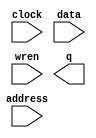
// megafunction wizard: %RAM: 1-PORT%VBB%
// GENERATION: STANDARD
// VERSION: WM1.0
// MODULE: altsyncram 

// ============================================================
// Megafunction Name(s):
// 			altsyncram
//
// Simulation Library Files(s):
// 			altera_mf
// ============================================================
// ************************************************************
// THIS IS A WIZARD-GENERATED FILE. DO NOT EDIT THIS FILE!
//
// 18.0.0 Build 614 04/24/2018 SJ Lite Edition
// ************************************************************

//Copyright (C) 2018  Intel Corporation. All rights reserved.
//Your use of Intel Corporation's design tools, logic functions 
//and other software and tools, and its AMPP partner logic 
//functions, and any output files from any of the foregoing 
//(including device programming or simulation files), and any 
//associated documentation or information are expressly subject 
//to the terms and conditions of the Intel Program License 
//Subscription Agreement, the Intel Quartus Prime License Agreement,
//the Intel FPGA IP License Agreement, or other applicable license
//agreement, including, without limitation, that your use is for
//the sole purpose of programming logic devices manufactured by
//Intel and sold by Intel or its authorized distributors.  Please
//refer to the applicable agreement for further details.

module seg_dados (
	address,
	clock,
	data,
	wren,
	q);

	input	[9:0]  address;
	input	  clock;
	input	[31:0]  data;
	input	  wren;
	output	[31:0]  q;
`ifndef ALTERA_RESERVED_QIS
// synopsys translate_off
`endif
	tri1	  clock;
`ifndef ALTERA_RESERVED_QIS
// synopsys translate_on
`endif

endmodule

// ============================================================
// CNX file retrieval info
// ============================================================
// Retrieval info: PRIVATE: ADDRESSSTALL_A NUMERIC "0"
// Retrieval info: PRIVATE: AclrAddr NUMERIC "0"
// Retrieval info: PRIVATE: AclrByte NUMERIC "0"
// Retrieval info: PRIVATE: AclrData NUMERIC "0"
// Retrieval info: PRIVATE: AclrOutput NUMERIC "0"
// Retrieval info: PRIVATE: BYTE_ENABLE NUMERIC "0"
// Retrieval info: PRIVATE: BYTE_SIZE NUMERIC "8"
// Retrieval info: PRIVATE: BlankMemory NUMERIC "0"
// Retrieval info: PRIVATE: CLOCK_ENABLE_INPUT_A NUMERIC "0"
// Retrieval info: PRIVATE: CLOCK_ENABLE_OUTPUT_A NUMERIC "0"
// Retrieval info: PRIVATE: Clken NUMERIC "0"
// Retrieval info: PRIVATE: DataBusSeparated NUMERIC "1"
// Retrieval info: PRIVATE: IMPLEMENT_IN_LES NUMERIC "0"
// Retrieval info: PRIVATE: INIT_FILE_LAYOUT STRING "PORT_A"
// Retrieval info: PRIVATE: INIT_TO_SIM_X NUMERIC "0"
// Retrieval info: PRIVATE: INTENDED_DEVICE_FAMILY STRING "Cyclone IV E"
// Retrieval info: PRIVATE: JTAG_ENABLED NUMERIC "0"
// Retrieval info: PRIVATE: JTAG_ID STRING "NONE"
// Retrieval info: PRIVATE: MAXIMUM_DEPTH NUMERIC "0"
// Retrieval info: PRIVATE: MIFfilename STRING "segmento_de_dados_memoria.hex"
// Retrieval info: PRIVATE: NUMWORDS_A NUMERIC "1000"
// Retrieval info: PRIVATE: RAM_BLOCK_TYPE NUMERIC "0"
// Retrieval info: PRIVATE: READ_DURING_WRITE_MODE_PORT_A NUMERIC "3"
// Retrieval info: PRIVATE: RegAddr NUMERIC "1"
// Retrieval info: PRIVATE: RegData NUMERIC "1"
// Retrieval info: PRIVATE: RegOutput NUMERIC "1"
// Retrieval info: PRIVATE: SYNTH_WRAPPER_GEN_POSTFIX STRING "0"
// Retrieval info: PRIVATE: SingleClock NUMERIC "1"
// Retrieval info: PRIVATE: UseDQRAM NUMERIC "1"
// Retrieval info: PRIVATE: WRCONTROL_ACLR_A NUMERIC "0"
// Retrieval info: PRIVATE: WidthAddr NUMERIC "10"
// Retrieval info: PRIVATE: WidthData NUMERIC "32"
// Retrieval info: PRIVATE: rden NUMERIC "0"
// Retrieval info: LIBRARY: altera_mf altera_mf.altera_mf_components.all
// Retrieval info: CONSTANT: CLOCK_ENABLE_INPUT_A STRING "BYPASS"
// Retrieval info: CONSTANT: CLOCK_ENABLE_OUTPUT_A STRING "BYPASS"
// Retrieval info: CONSTANT: INIT_FILE STRING "segmento_de_dados_memoria.hex"
// Retrieval info: CONSTANT: INTENDED_DEVICE_FAMILY STRING "Cyclone IV E"
// Retrieval info: CONSTANT: LPM_HINT STRING "ENABLE_RUNTIME_MOD=NO"
// Retrieval info: CONSTANT: LPM_TYPE STRING "altsyncram"
// Retrieval info: CONSTANT: NUMWORDS_A NUMERIC "1000"
// Retrieval info: CONSTANT: OPERATION_MODE STRING "SINGLE_PORT"
// Retrieval info: CONSTANT: OUTDATA_ACLR_A STRING "NONE"
// Retrieval info: CONSTANT: OUTDATA_REG_A STRING "CLOCK0"
// Retrieval info: CONSTANT: POWER_UP_UNINITIALIZED STRING "FALSE"
// Retrieval info: CONSTANT: READ_DURING_WRITE_MODE_PORT_A STRING "NEW_DATA_NO_NBE_READ"
// Retrieval info: CONSTANT: WIDTHAD_A NUMERIC "10"
// Retrieval info: CONSTANT: WIDTH_A NUMERIC "32"
// Retrieval info: CONSTANT: WIDTH_BYTEENA_A NUMERIC "1"
// Retrieval info: USED_PORT: address 0 0 10 0 INPUT NODEFVAL "address[9..0]"
// Retrieval info: USED_PORT: clock 0 0 0 0 INPUT VCC "clock"
// Retrieval info: USED_PORT: data 0 0 32 0 INPUT NODEFVAL "data[31..0]"
// Retrieval info: USED_PORT: q 0 0 32 0 OUTPUT NODEFVAL "q[31..0]"
// Retrieval info: USED_PORT: wren 0 0 0 0 INPUT NODEFVAL "wren"
// Retrieval info: CONNECT: @address_a 0 0 10 0 address 0 0 10 0
// Retrieval info: CONNECT: @clock0 0 0 0 0 clock 0 0 0 0
// Retrieval info: CONNECT: @data_a 0 0 32 0 data 0 0 32 0
// Retrieval info: CONNECT: @wren_a 0 0 0 0 wren 0 0 0 0
// Retrieval info: CONNECT: q 0 0 32 0 @q_a 0 0 32 0
// Retrieval info: GEN_FILE: TYPE_NORMAL seg_dados.v TRUE
// Retrieval info: GEN_FILE: TYPE_NORMAL seg_dados.inc FALSE
// Retrieval info: GEN_FILE: TYPE_NORMAL seg_dados.cmp FALSE
// Retrieval info: GEN_FILE: TYPE_NORMAL seg_dados.bsf TRUE
// Retrieval info: GEN_FILE: TYPE_NORMAL seg_dados_inst.v TRUE
// Retrieval info: GEN_FILE: TYPE_NORMAL seg_dados_bb.v TRUE
// Retrieval info: LIB_FILE: altera_mf